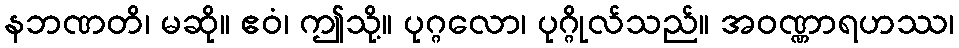
နဘဏတိ၊ မဆို။ ဧဝံ၊ ဤသို့။ ပုဂ္ဂလော၊ ပုဂ္ဂိုလ်သည်။ အဝဏ္ဏာရဟဿ၊